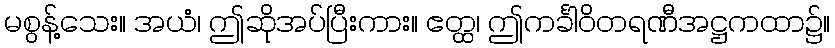
မစွန့်သေး။ အယံ၊ ဤဆိုအပ်ပြီးကား။ ဧတ္ထ၊ ဤကင်္ခါဝိတရဏီအဋ္ဌကထာ၌။